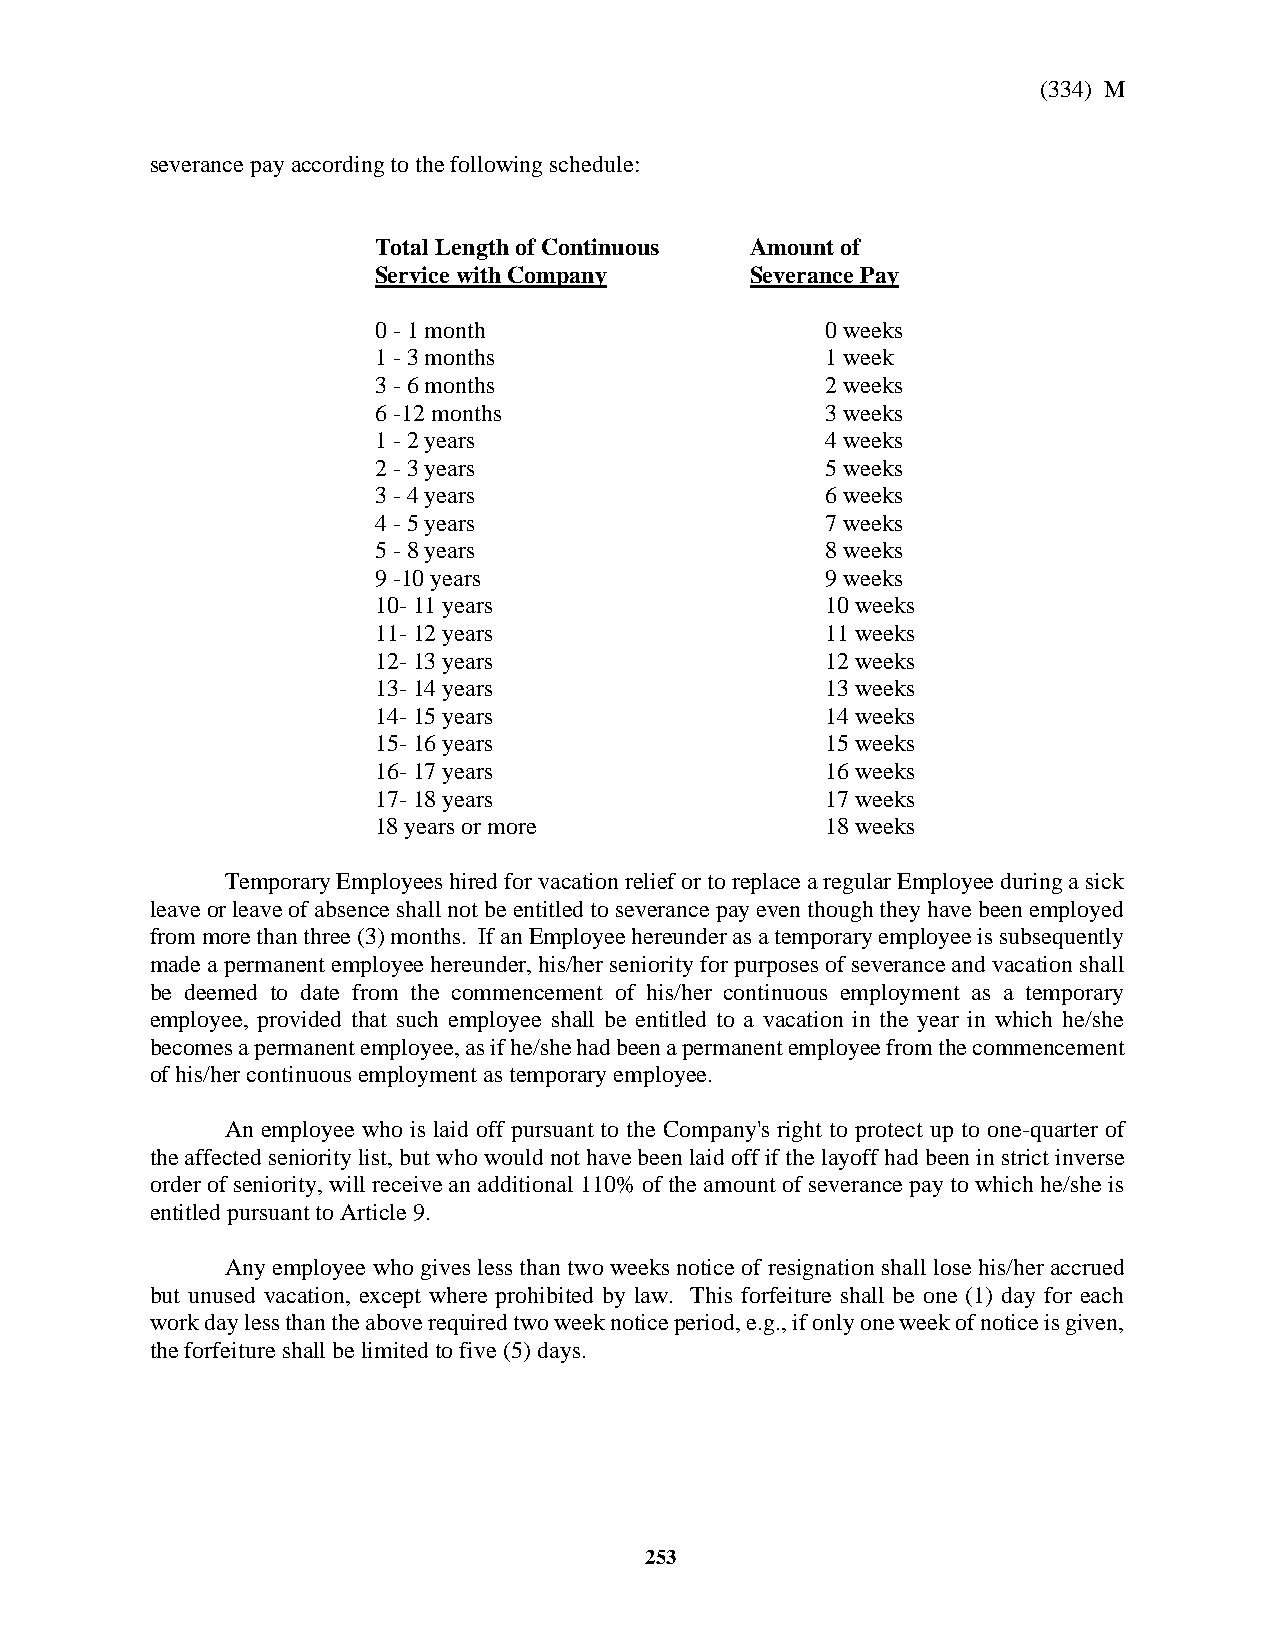
(334) M
 severance pay according to the following schedule:
 Total Length of Continuous Amount of
 Service with Company     Severance Pay
 0 - 1 month                   0 weeks
 1 - 3 months                  1 week
 3 - 6 months                  2 weeks
 6 -12 months                  3 weeks
 1 - 2 years                   4 weeks
 2 - 3 years                   5 weeks
 3 - 4 years                   6 weeks
 4 - 5 years                   7 weeks
 5 - 8 years                   8 weeks
 9 -10 years                   9 weeks
 10- 11 years                  10 weeks
 11- 12 years                  11 weeks
 12- 13 years                  12 weeks
 13- 14 years                  13 weeks
 14- 15 years                  14 weeks
 15- 16 years                  15 weeks
 16- 17 years                  16 weeks
 17- 18 years                  17 weeks
 18 years or more              18 weeks
 Temporary Employees hired for vacation relief or to replace a regular Employee during a sick
 leave or leave of absence shall not be entitled to severance pay even though they have been employed
 from more than three (3) months. If an Employee hereunder as a temporary employee is subsequently
 made a permanent employee hereunder, his/her seniority for purposes of severance and vacation shall
 be deemed to date from the commencement of his/her continuous employment as a temporary
 employee, provided that such employee shall be entitled to a vacation in the year in which he/she
 becomes a permanent employee, as if he/she had been a permanent employee from the commencement
 of his/her continuous employment as temporary employee.
 An employee who is laid off pursuant to the Company's right to protect up to one-quarter of
 the affected seniority list, but who would not have been laid off if the layoff had been in strict inverse
 order of seniority, will receive an additional 110% of the amount of severance pay to which he/she is
 entitled pursuant to Article 9.
 Any employee who gives less than two weeks notice of resignation shall lose his/her accrued
 but unused vacation, except where prohibited by law. This forfeiture shall be one (1) day for each
 work day less than the above required two week notice period, e.g., if only one week of notice is given,
 the forfeiture shall be limited to five (5) days.
 253